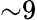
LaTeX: \mathord{\sim}9